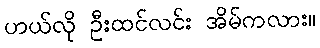
ဟယ်လို ဦးထင်လင်း အိမ်ကလား။